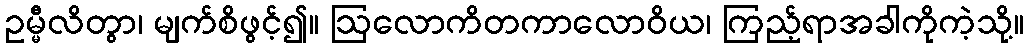
ဥမ္မီလိတွာ၊ မျက်စိဖွင့်၍။ ဩလောကိတကာလောဝိယ၊ ကြည့်ရာအခါကိုကဲ့သို့။